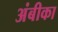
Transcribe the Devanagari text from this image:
अंबीका